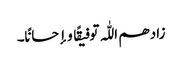
زادھم اللّٰہ توفیقًا و إحسانًا۔